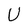
Character: U